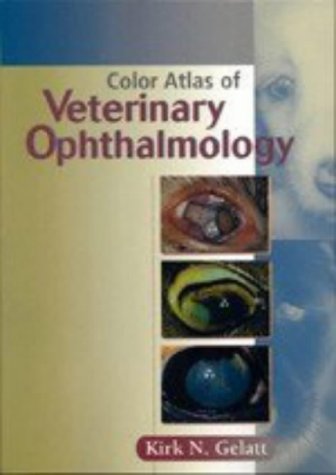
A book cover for Color Atlas of Veterinary Ophthalmology; Kirk N. Gelatt; Medical Books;